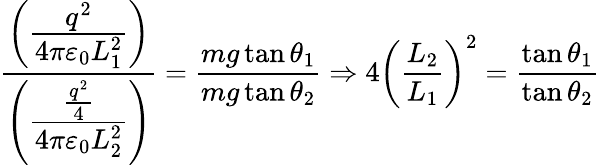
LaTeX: {\frac{\left({\cfrac{q^{2}}{4\pi\varepsilon_{0}L_{1}^{2}}}\right)}{\left({\cfrac{\frac{q^{2}}{4}}{4\pi\varepsilon_{0}L_{2}^{2}}}\right)}}={\frac{mg\tan\theta_{1}}{mg\tan\theta_{2}}}\Rightarrow 4{\left({\frac{L_{2}}{L_{1}}}\right)}^{2}={\frac{\tan\theta_{1}}{\tan\theta_{2}}}